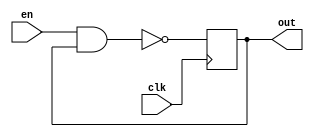
(* dont_touch = "yes" *)
module ro1(
    input en,
    input clk,
    output reg out
    );
	 
    (* S= "TRUE"*)(* ALLOW_COMBINATORIAL_LOOPS = "true", KEEP = "true" *) 
    wire p, q, r, s;
        
    nand #0.682(p, en, out);
    and  #0.175(q, p, p);
    and  #0.782(r, q, q);
    and  #0.701(s, r, r);
    always @(posedge clk)
        #0.186 out <= s & s;

endmodule

(* dont_touch = "yes" *)
module ro2(
    input en,
    input clk,
    output reg out
    );
	 
    (* S= "TRUE"*)(* ALLOW_COMBINATORIAL_LOOPS = "true", KEEP = "true" *) 
    wire p, q, r, s;
        
    nand #0.940(p, en, out);
    and  #0.332(q, p, p);
    and  #1.705(r, q, q);
    and  #0.303(s, r, r);
    always @(posedge clk)
        #1.821 out <= s & s;

endmodule

(* dont_touch = "yes" *)
module ro3(
    input en,
    input clk,
    output reg out
    );
	 
    (* S= "TRUE"*)(* ALLOW_COMBINATORIAL_LOOPS = "true", KEEP = "true" *) 
    wire p, q, r, s;
        
    nand #0.701(p, en, out);
    and  #1.864(q, p, p);
    and  #1.098(r, q, q);
    and  #0.805(s, r, r);
    always @(posedge clk)
        #0.492 out <= s & s;

endmodule

(* dont_touch = "yes" *)
module ro4(
    input en,
    input clk,
    output reg out
    );
	 
    (* S= "TRUE"*)(* ALLOW_COMBINATORIAL_LOOPS = "true", KEEP = "true" *) 
    wire p, q, r, s;
        
    nand #1.873(p, en, out);
    and  #0.458(q, p, p);
    and  #0.357(r, q, q);
    and  #0.178(s, r, r);
    always @(posedge clk)
        #1.480 out <= s & s;

endmodule